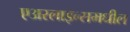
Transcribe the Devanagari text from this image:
एअरलाइन्समधील